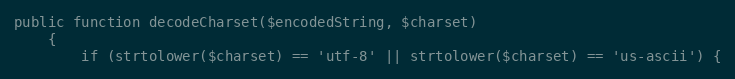
Language: PHP
public function decodeCharset($encodedString, $charset)
    {
        if (strtolower($charset) == 'utf-8' || strtolower($charset) == 'us-ascii') {